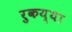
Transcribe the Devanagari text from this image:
रुकय्या